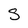
Character: S